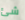
شئ